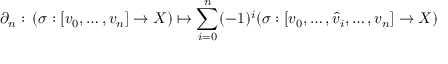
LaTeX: \partial _ { n } : \, ( \sigma : [ v _ { 0 } , \ldots , v _ { n } ] \to X ) \mapsto \sum _ { i = 0 } ^ { n } ( - 1 ) ^ { i } ( \sigma : [ v _ { 0 } , \ldots , { \hat { v } } _ { i } , \ldots , v _ { n } ] \to X )